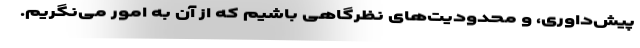
پیش‌داوری، و محدودیت‌های نظرگاهی باشیم که از آن به امور می‌نگریم.